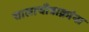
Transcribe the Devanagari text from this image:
चालाचीत्राक्रांना